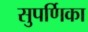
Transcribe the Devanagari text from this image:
सुपर्णिका